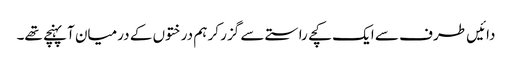
دائیں طرف سے ایک کچے راستے سے گزر کر ہم درختوں کے درمیان آپہنچے تھے۔